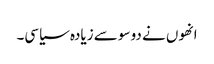
انھوں نے دو سو سے زیادہ سیاسی۔